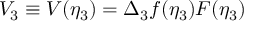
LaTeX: V _ { 3 } \equiv V ( \eta _ { 3 } ) = \Delta _ { 3 } f ( \eta _ { 3 } ) F ( \eta _ { 3 } )